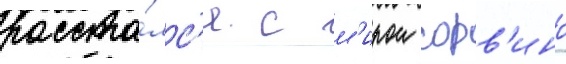
расста́лс'я с м'ирои сорв'ино